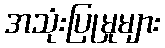
အသုံးပြုမှုများ